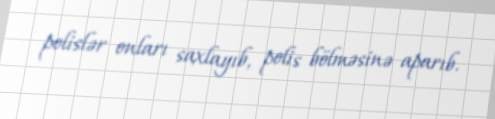
polislər onları saxlayıb, polis bölməsinə aparıb.